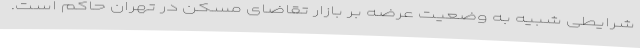
شرایطی شبیه به وضعیت عرضه بر بازار تقاضای مسکن در تهران حاکم است.